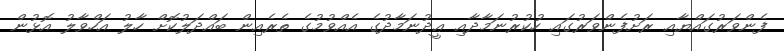
ފެންވަރުގައްޔާއި ރަށުފެންވަރުގައި ހުކުރުނަމާދާއި ޢީދުނަމާދުގެ އެއްވުމުގެ ތެރެއިން ބައްދަލުކޮށް ހާލު އަހްވާލު އޮޅުން